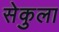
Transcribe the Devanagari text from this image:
सेकुला